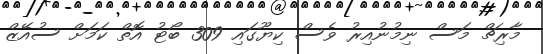
މާރިޗް މަސް ނިމުނުއިރު ވެސް ކިޔޫގައި 309 ބޯޓު އޮތް ކަމަށް ސުއޭޒް